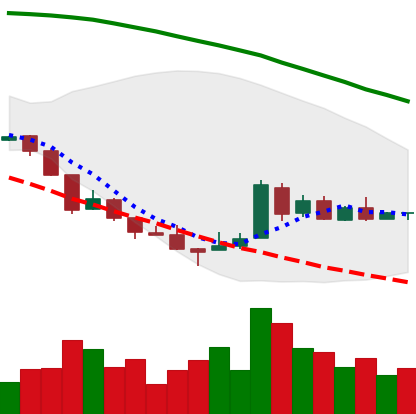
Ticker: XRP-USD
Chart end date: 2018-08-24
Forward return: 5.249%
Label: up_5_7